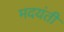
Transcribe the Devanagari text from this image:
मदयंती